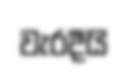
වැරදීයි